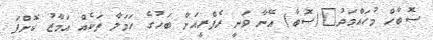
ސޮބާހް މުހައްމަދު_(ސޮބާ) އޭނާ ވަނީ ރެފްރީއަށް ބަހުގެ ހަމަލާ ތަކެއް އަމާޒު ކޮށްފަ